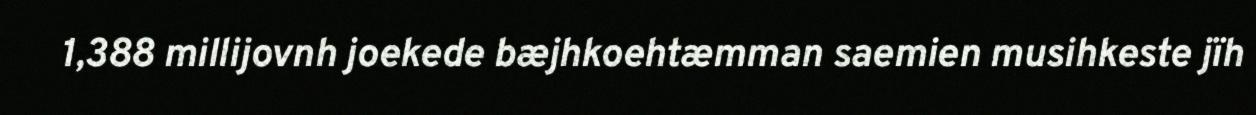
1,388 millijovnh joekede bæjhkoehtæmman saemien musihkeste jïh